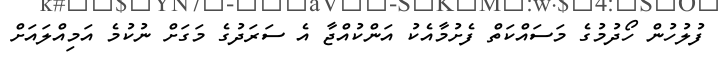
ފުލުހުން ހޯދުމުގެ މަސައްކަތް ފެށުމާއެކު އަންކުއްޖާ އެ ސަރަދުގެ މަގަށް ނުކުމެ އަމިއްލައަށް